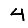
Digit: 4